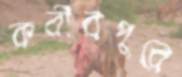
কবীরপুরে